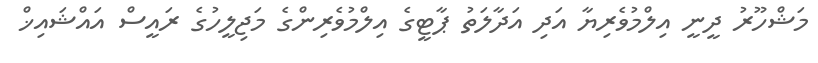
މަޝްހޫރު ދީނީ އިލްމުވެރިޔާ އަދި އަދާލަތު ޕާޓީގެ އިލްމުވެރިންގެ މަޖިލީހުގެ ރައީސް އައްޝައިޚް